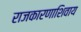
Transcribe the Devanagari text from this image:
राजकारणाशिवाय